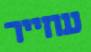
עוזייר